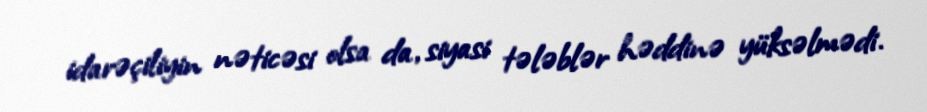
idarəçiliyin nəticəsi olsa da, siyasi tələblər həddinə yüksəlmədi.